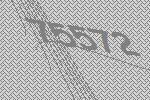
75572